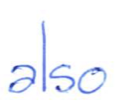
Text: also
Cross-out: clean
Writing tool: ballpoint